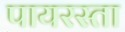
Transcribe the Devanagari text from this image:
पायरस्ता